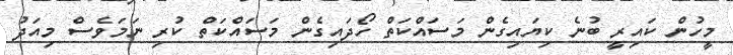
މީހުން ކައިރީ ބުނެ ކިޔައިގެން މަސައްކަތް ހޯދައިގެން މަސައްކަތް ކުރި ނަމަވެސް މިއަދު